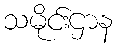
သမိုင်းဌာန